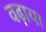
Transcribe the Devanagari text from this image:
वढ़ाया